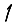
Digit: 1